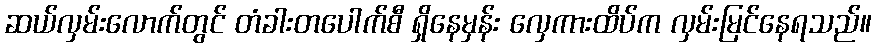
ဆယ်လှမ်းလောက်တွင် တံခါးတပေါက်စီ ရှိနေမှန်း လှေကားထိပ်က လှမ်းမြင်နေရသည်။